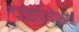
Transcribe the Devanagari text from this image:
द्यावापृथिवीभ्यां